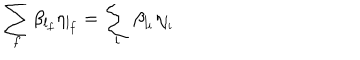
LaTeX: \sum _ { f } \beta _ { l _ { f } } \eta _ { l _ { f } } = \sum _ { i } \beta _ { l _ { i } } \eta _ { l _ { i } }